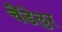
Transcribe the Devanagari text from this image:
चैंडेलुर